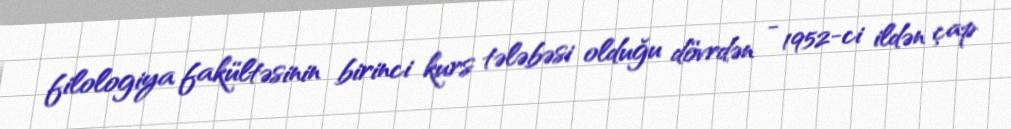
filologiya fakültəsinin birinci kurs tələbəsi olduğu dövrdən - 1952-ci ildən çap